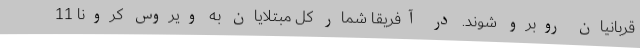
قربانیان روبرو شوند. در آفریقا شمار کل مبتلایان به ویروس کرونا 11